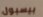
بيسبول